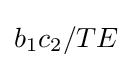
b_{1}c_{2}/TE